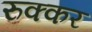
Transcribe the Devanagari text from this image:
रुक्कर